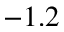
- 1 . 2